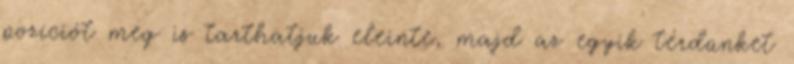
pozíciót meg is tarthatjuk eleinte, majd az egyik térdünket